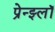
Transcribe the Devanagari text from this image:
प्रेन्झ्लॉ